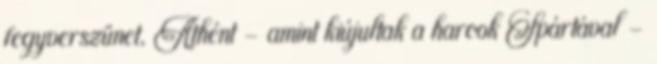
fegyverszünet, Athént – amint kiújultak a harcok Spártával –